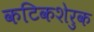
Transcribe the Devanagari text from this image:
कटिकशेरुक